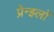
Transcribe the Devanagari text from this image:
प्रेन्झ्लॉ